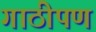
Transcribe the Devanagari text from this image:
गाठीपण